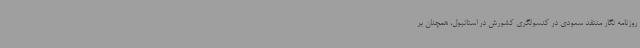
روزنامه نگار منتقد سعودی در کنسولگری کشورش در استانبول، همچنان بر